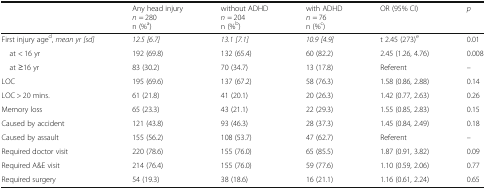
<table><thead><tr><td></td><td><b>Any head injury<i>n</i> = 280n (%<sup>a</sup>)</b></td><td><b>without ADHD<i>n</i> = 204n (%<sup>b</sup>)</b></td><td><b>with ADHD<i>n</i> = 76n (%<sup>c</sup>)</b></td><td><b>OR (95% CI)</b></td><td><b><i>p</i></b></td></tr></thead><tbody><tr><td>First injury age<sup>d</sup>, <i>mean yr [sd]</i></td><td><i>12.5 [6.7]</i></td><td><i>13.1 [7.1]</i></td><td><i>10.9 [4.9]</i></td><td>t 2.45 (273)<sup>e</sup></td><td>0.01</td></tr><tr><td> at &lt; 16 yr</td><td>192 (69.8)</td><td>132 (65.4)</td><td>60 (82.2)</td><td>2.45 (1.26, 4.76)</td><td>0.008</td></tr><tr><td> at ≥16 yr</td><td>83 (30.2)</td><td>70 (34.7)</td><td>13 (17.8)</td><td>Referent</td><td>–</td></tr><tr><td>LOC</td><td>195 (69.6)</td><td>137 (67.2)</td><td>58 (76.3)</td><td>1.58 (0.86, 2.88)</td><td>0.14</td></tr><tr><td>LOC &gt; 20 mins.</td><td>61 (21.8)</td><td>41 (20.1)</td><td>20 (26.3)</td><td>1.42 (0.77, 2.63)</td><td>0.26</td></tr><tr><td>Memory loss</td><td>65 (23.3)</td><td>43 (21.1)</td><td>22 (29.3)</td><td>1.55 (0.85, 2.83)</td><td>0.15</td></tr><tr><td>Caused by accident</td><td>121 (43.8)</td><td>93 (46.3)</td><td>28 (37.3)</td><td>1.45 (0.84, 2.49)</td><td>0.18</td></tr><tr><td>Caused by assault</td><td>155 (56.2)</td><td>108 (53.7)</td><td>47 (62.7)</td><td>Referent</td><td>–</td></tr><tr><td>Required doctor visit</td><td>220 (78.6)</td><td>155 (76.0)</td><td>65 (85.5)</td><td>1.87 (0.91, 3.82)</td><td>0.09</td></tr><tr><td>Required A&amp;E visit</td><td>214 (76.4)</td><td>155 (76.0)</td><td>59 (77.6)</td><td>1.10 (0.59, 2.06)</td><td>0.77</td></tr><tr><td>Required surgery</td><td>54 (19.3)</td><td>38 (18.6)</td><td>16 (21.1)</td><td>1.16 (0.61, 2.24)</td><td>0.65</td></tr></tbody></table>